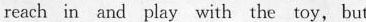
reach in and play with the toy, but